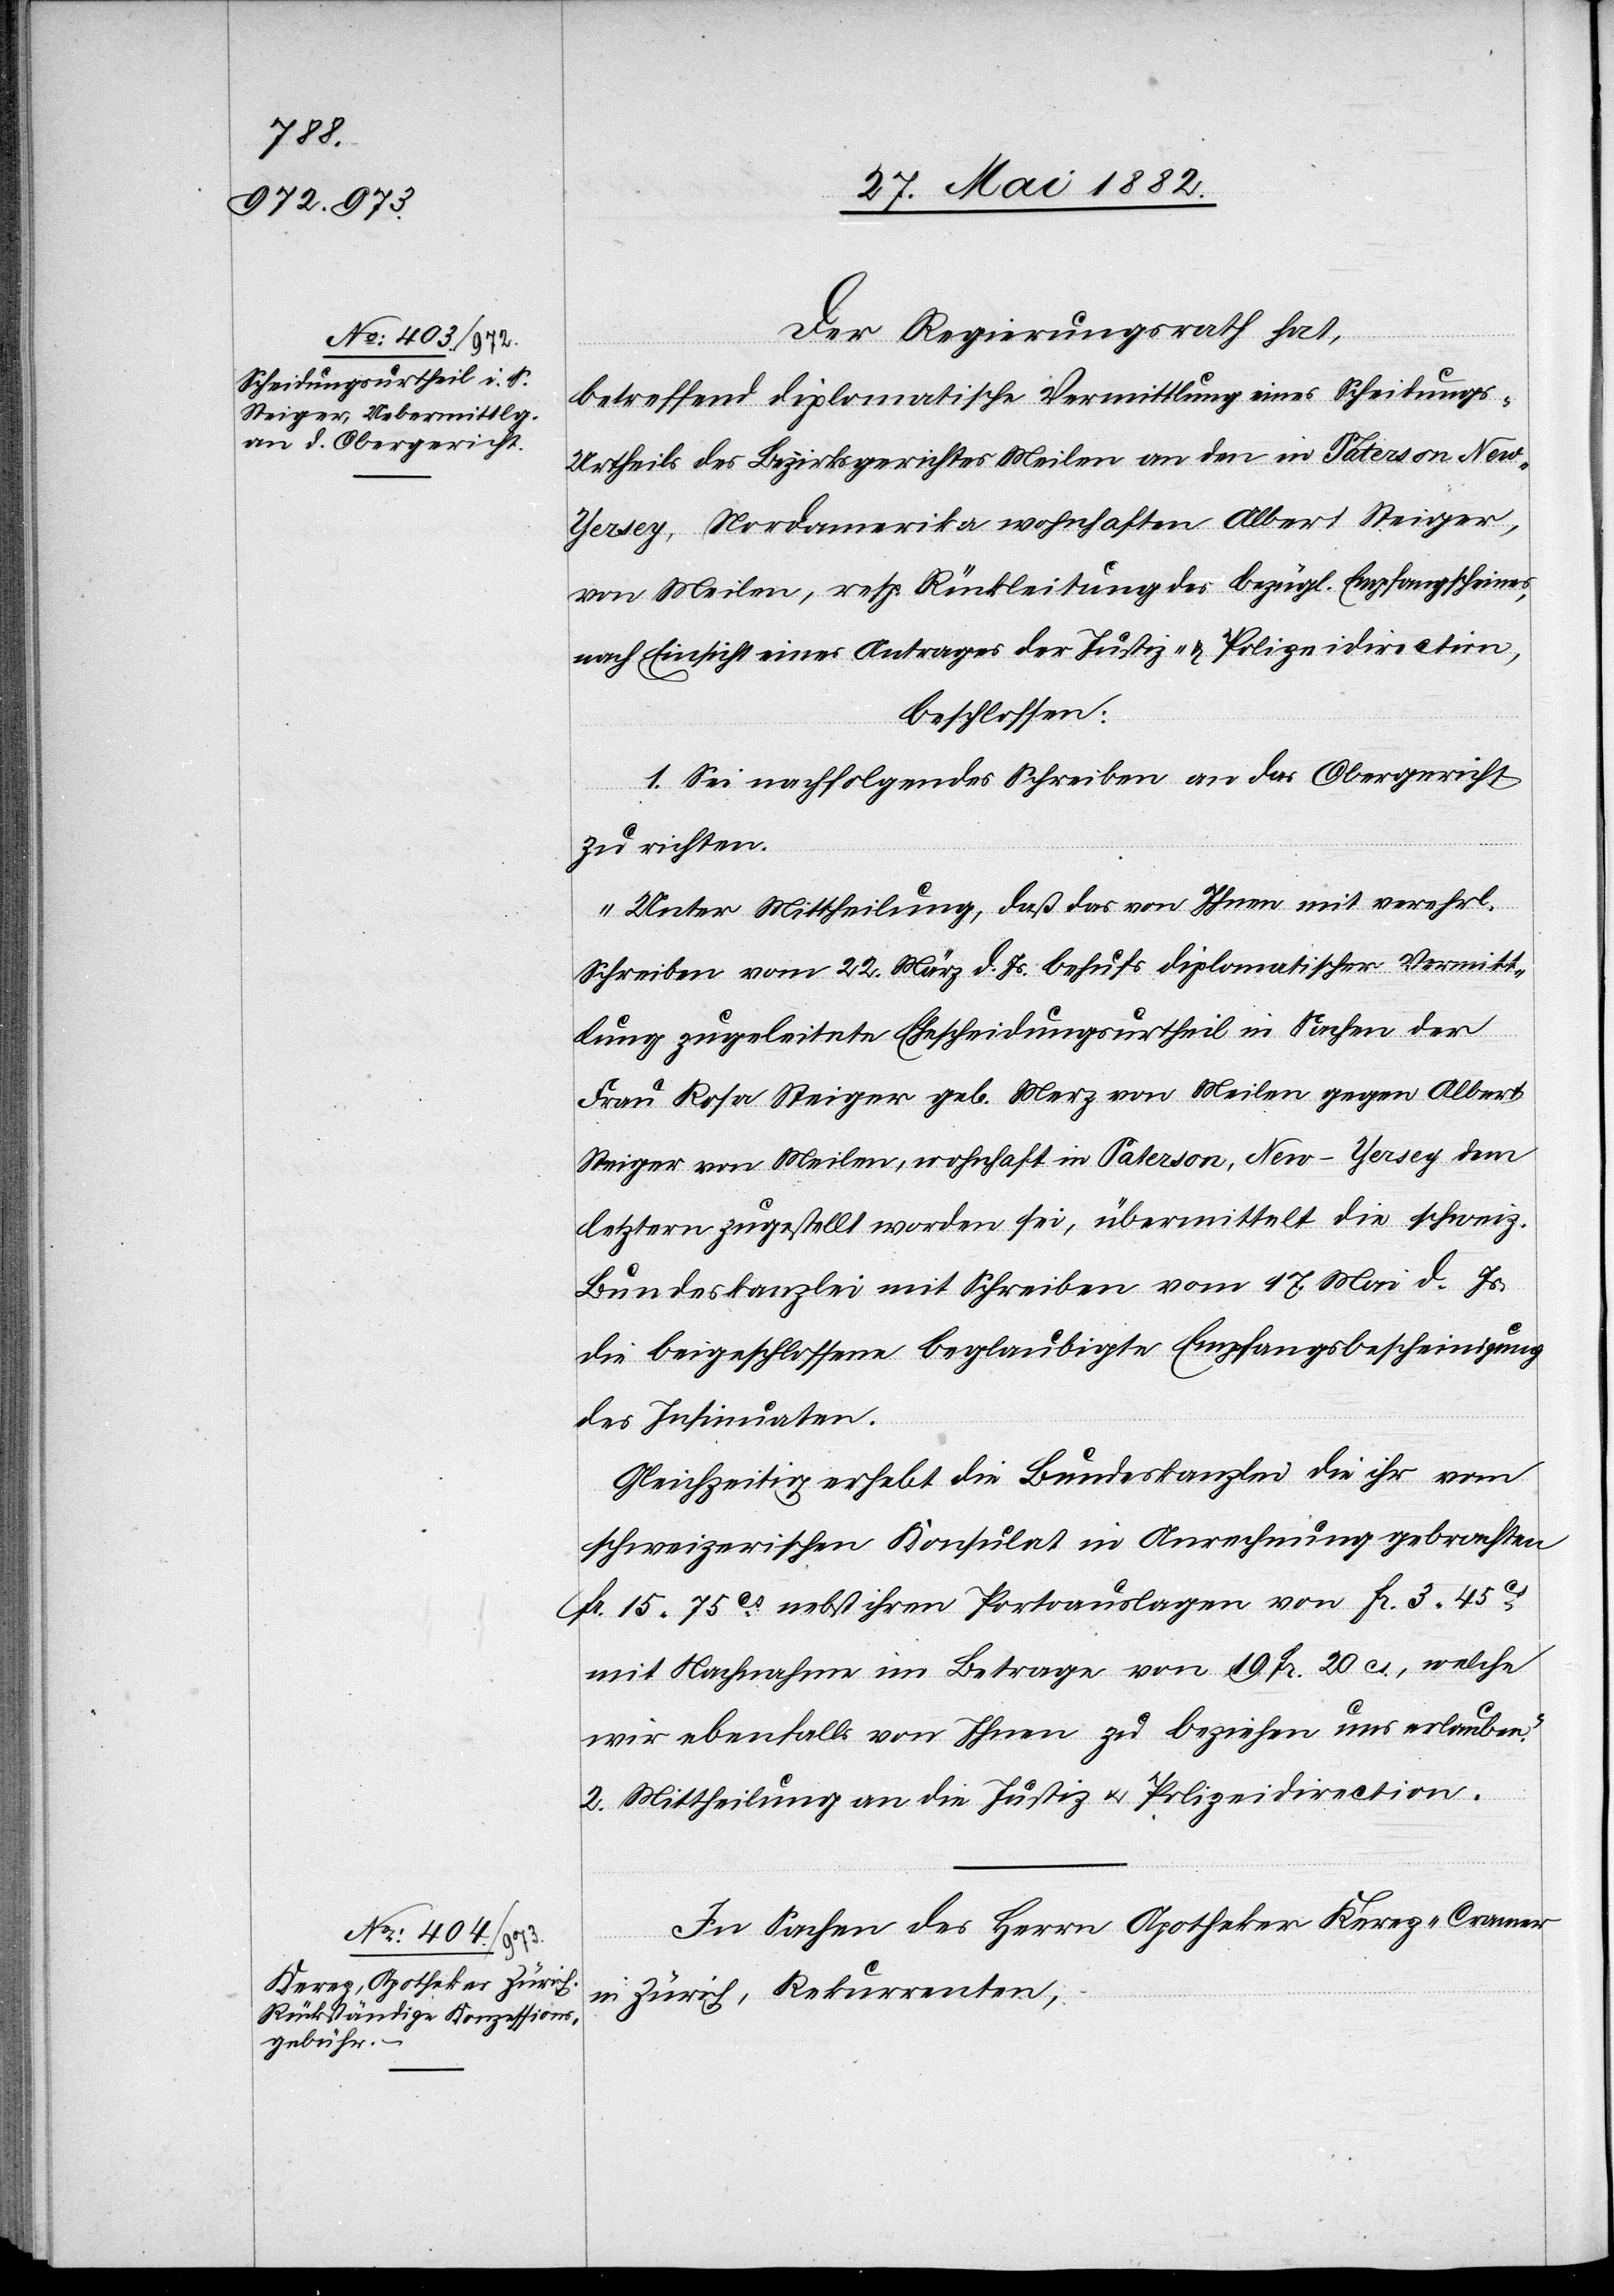
Der Regierungsrath hat,
betreffend diplomatische Vermittlung eines Scheidungs-U¬
rtheils des Bezirksgerichtes Meilen an den in Paterson,
[sic!], Nordamerika wohnhaften Albert Steiger,
von Meilen, resp. Rückleitung des bezügl. Empfangscheines,
nach Einsicht eines Antrages der Justiz- & Polizeidirection,
beschlossen:
1. Sei nachfolgendes Schreiben an das Obergericht
zu richten:
„Unter Mittheilung, daß das von Ihnen mit verehrl.
Schreiben vom 22. März d. Js. behufs diplomatische Vermitt¬
lung zugeleitete Ehescheidungsurtheil in Sachen der
Frau Rosa Steiger geb. Merz von Meilen gegen Albert
Steiger von Meilen, wohnhaft in Paterson, New-Yersey dem
letztern zugestellt worden sei, übermittelt die schweiz.
Bundeskanzlei mit Schreiben vom 17. Mai d. Js.
die beigeschlossene beglaubigte Empfangsbescheinigung
des Insinuaten.
Gleichzeitig erhebt die Bundeskanzlei die ihr vom
schweizerischen Konsulat in Anrechnung gebrachten
Fr. 15 75 cs nebst ihren Portoauslagen von Fr. 3 45
mit Nachnahme im Betrage von 19 Fr. 20 cs., welche
wir ebenfalls von Ihnen zu beziehen uns erlauben.“
2. Mittheilung an die Justiz[-] u. Polizeidirection.
In Sachen des Herrn Apotheker Kerez-Cramer,
in Zürich, Rekurrenten,